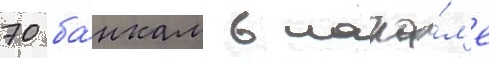
70 ба́нкам в нача́л'е